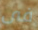
فى